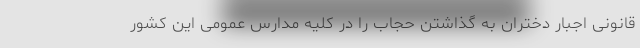
قانونی اجبار دختران به گذاشتن حجاب را در کلیه مدارس عمومی این کشور